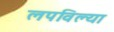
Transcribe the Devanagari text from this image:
लपविल्या